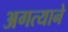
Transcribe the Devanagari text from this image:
अगत्याने